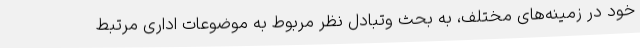
خود در زمینه‌های مختلف، به بحث وتبادل نظر مربوط به موضوعات اداری مرتبط